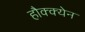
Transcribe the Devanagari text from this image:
हौक्क्येन